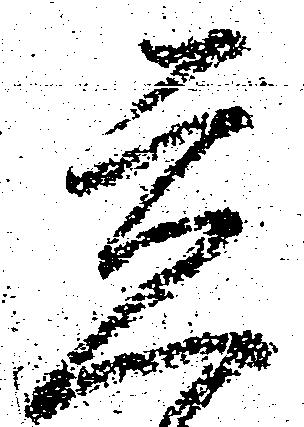
立